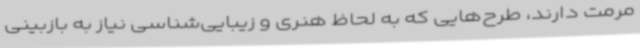
مرمت دارند، طرح‌هایی که به لحاظ هنری و زیبایی‌شناسی نیاز به بازبینی